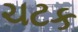
ચટક